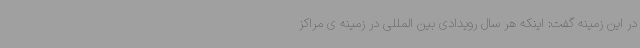
در این زمینه گفت: اینکه هر سال رویدادی بین المللی در زمینه ی مراکز